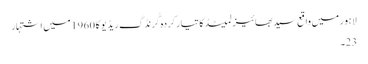
لاہور میں واقع سید بھائیز لمیٹڈ کا تیار کردہ گُرنڈگ ریڈیو کا 1960 میں اشتہار
23۔